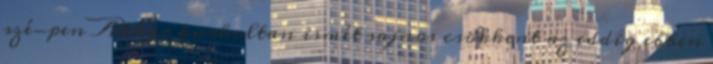
szé-pen Akkor burkoltan ismét sajnos csökkent az eddig ebben